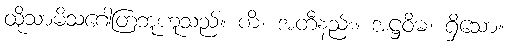
ထိုသာမိသဂေါတြဘူဟူသည်။ ကိံ၊ အတီနည်း။ အဋ္ဌဝိဓံ၊ ရှိသော။